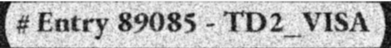
# Entry 89085 - TD2_VISA